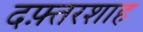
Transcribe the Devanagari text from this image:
दफ़्तरशाह